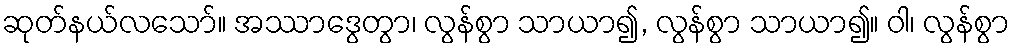
ဆုတ်နယ်လသော်။ အဿာဒွေတွာ၊ လွန်စွာ သာယာ၍, လွန်စွာ သာယာ၍။ ဝါ၊ လွန်စွာ